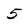
Character: 5